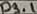
Text: P3.1